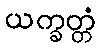
ယက္ခတ္တံ